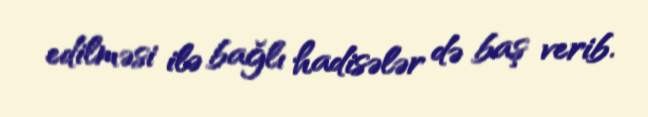
edilməsi ilə bağlı hadisələr də baş verib.